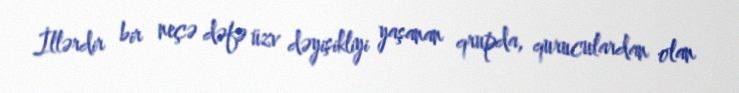
İllərdir bir neçə dəfə üzv dəyişikliyi yaşanan qrupda, quruculardan olan